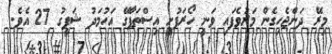
މިރޭ ދަންޖެހިގެން މަރުވެފައި ވަނީ ހޯރަފުށީ އިސްތަފާގޭ އަހުމަދު ޝަފީގު 27 އެވެ.